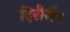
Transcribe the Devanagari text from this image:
दिरीजै।